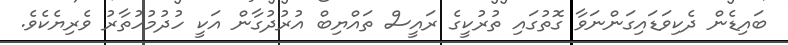
ބައިޑެން ދެކިވަޑައިގަންނަވާ ގޮތުގައި ތުރުކީގެ ރައީސް ތައްޔިބް އުރުދުގާން އަކީ ހުދުމުހުތާރު ވެރިޔެކެވެ.